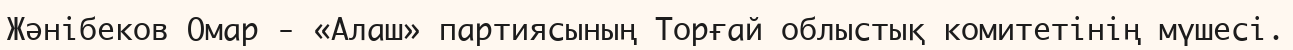
Жәнібеков Омар - «Алаш» партиясының Торғай облыстық комитетінің мүшесі.